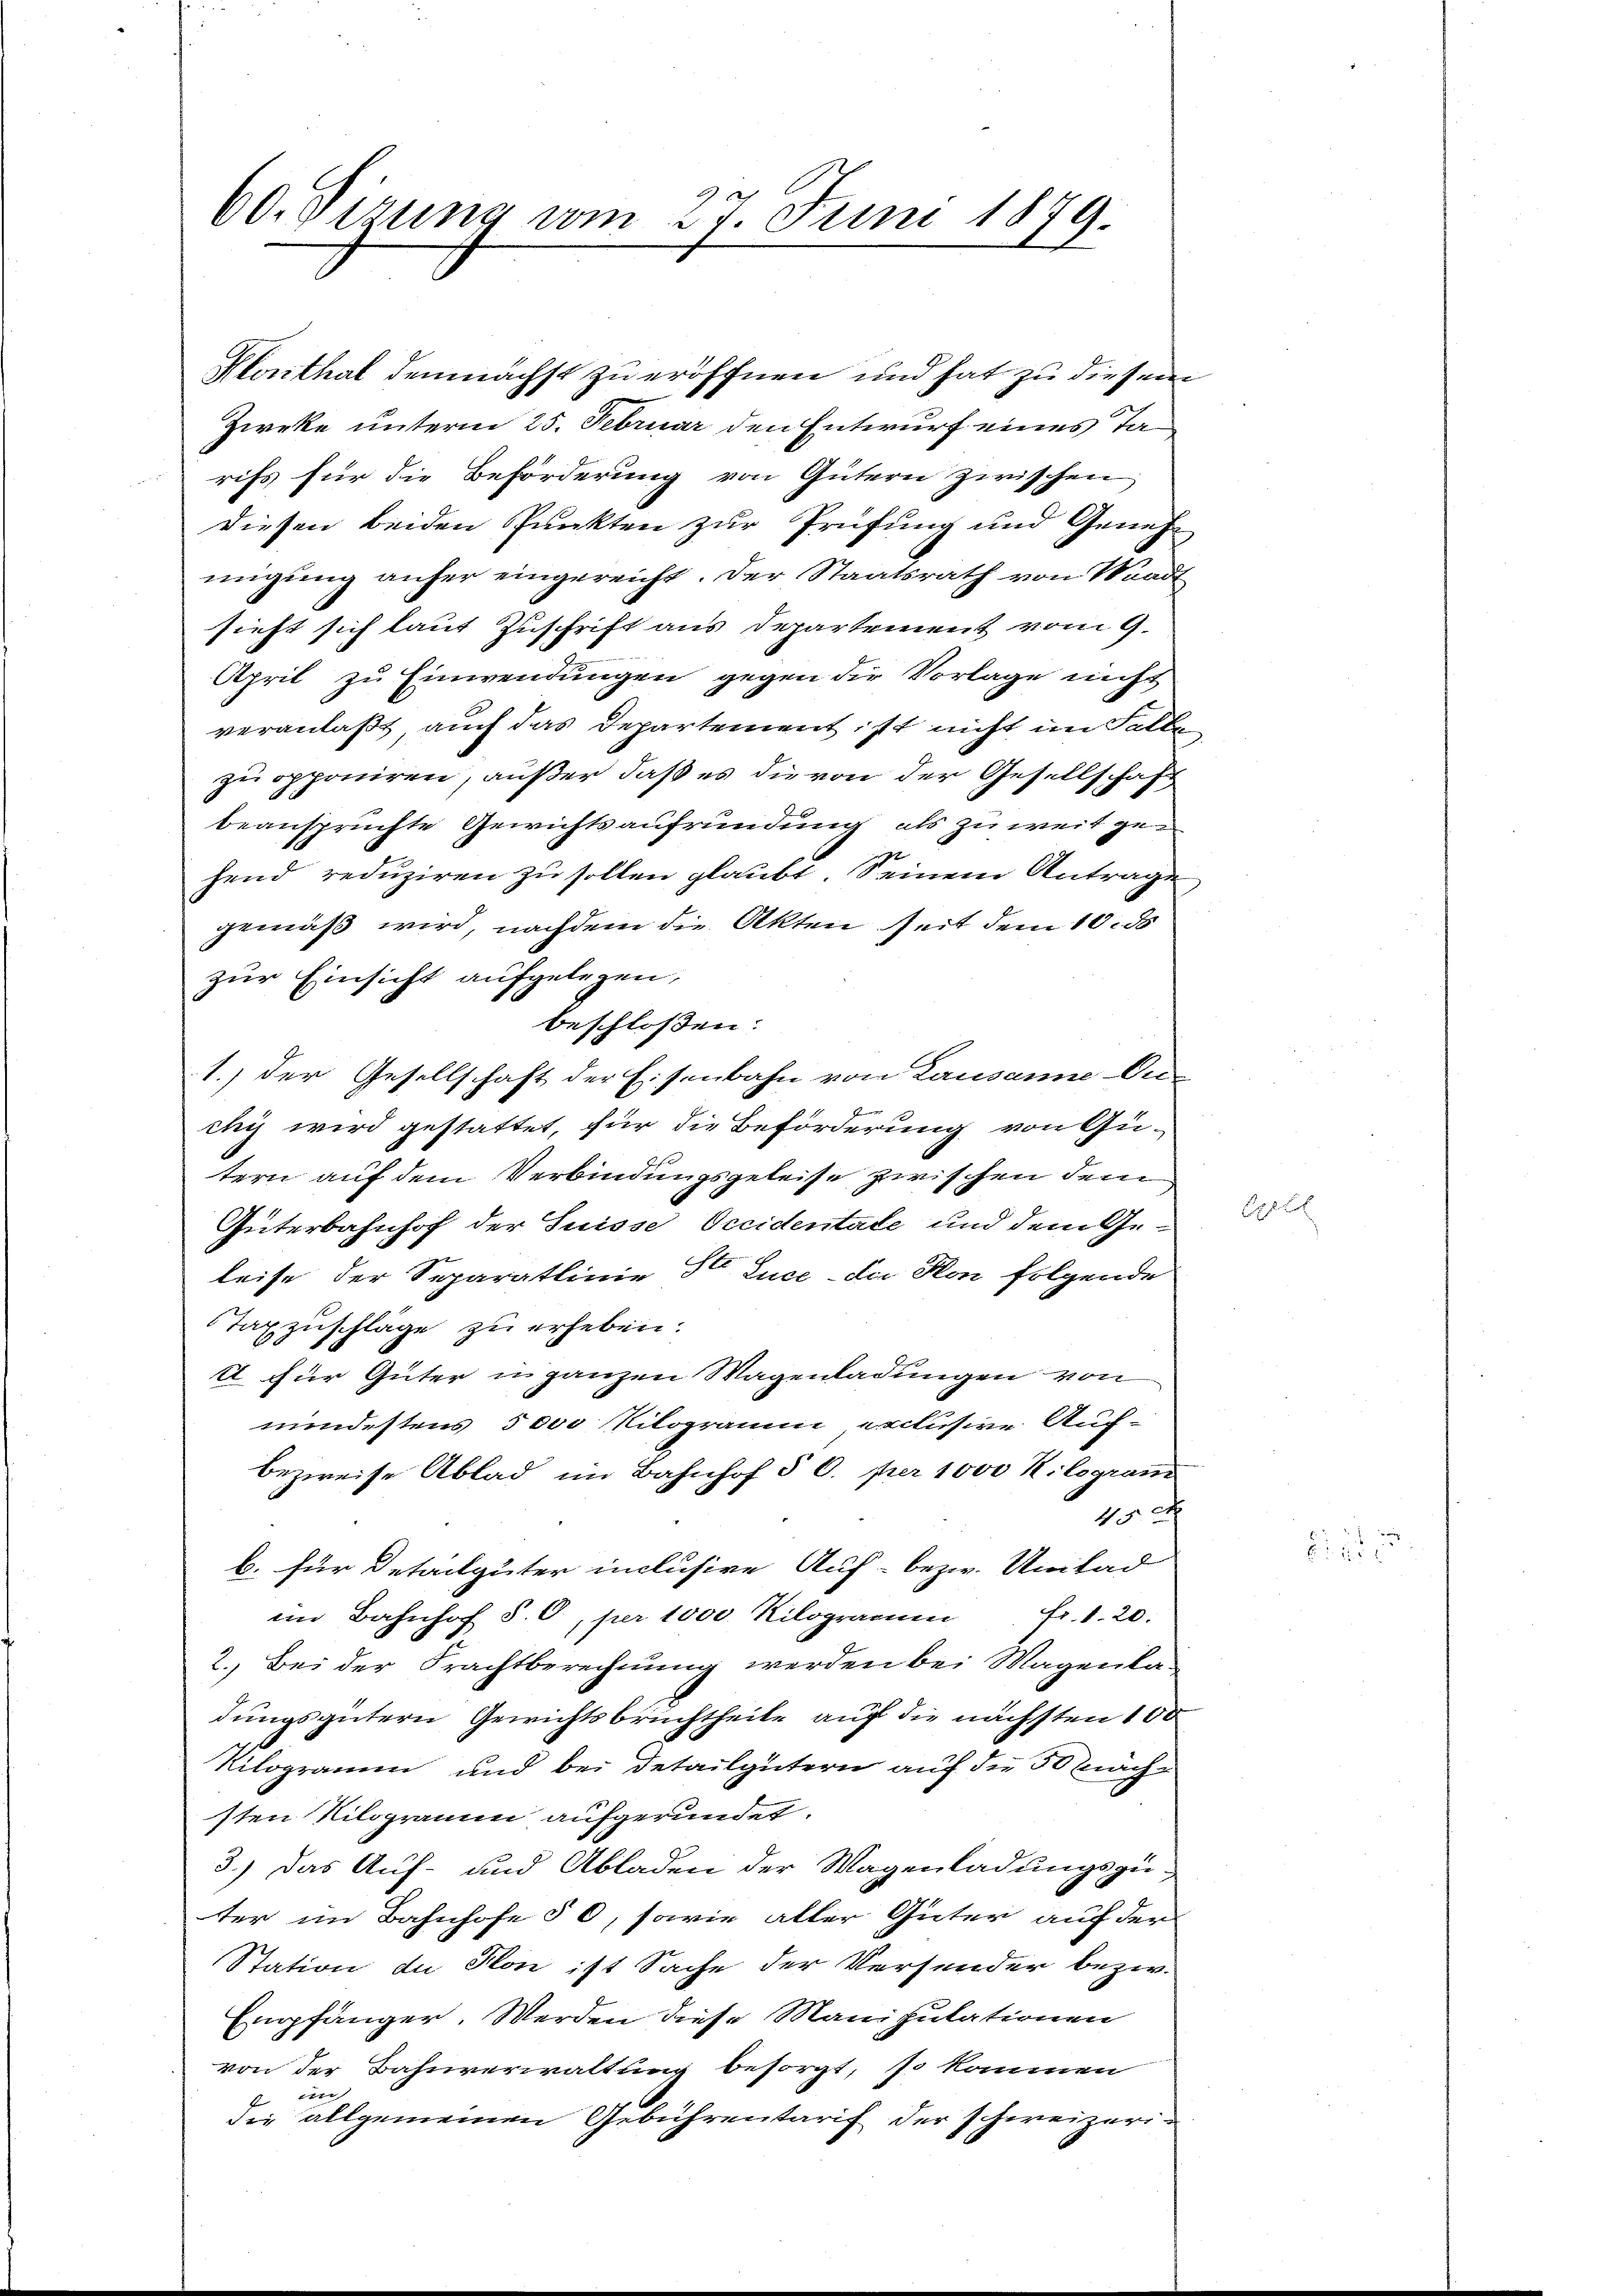
60. Sizung vom 27. Juni 1879.

Zieke unterm 25. Februar den Entwurf eines Tarifs für die Beförderung von Gütern zwischen
Diesen beiden Punkten zur Prüfung und Genehmigung anher eingereicht. Der Staatsrath von Waadt
sieht sich laut Zuschrift aus Departement vom 9.
April zu Einwendungen gegen die Vorlage nicht
veranlaßt, auch das Departementist nicht im Salbe
zu opponiren, außer daß es die von der Gesellschaft
beanspruchte Gewichtsaufründung als zu weit gehend reduziren zu sollen glaubt. Seinem Antrage
gemäß wird, nachdem die Akten Zeit dem 10. d
zur Einsicht aufgelegen,
beschlossen:
1.) Der Gesellschaft der Eisenbahn von Lausanne An-
b
chy wird gestattet, für die Beförderung von Gütern auf dem Verbindungsgeleise zwischen dem
Güterbahnhof der Suisse Occidentale und dem Geleise der Separatinie 50 Luce - da Hon folgende
Taxzuschläge zu erheben.
1 für Güter u ganzen Wagenladungen von
mindestens 5000 Kilogramm exclusive Auf-
bezweise Ablad im Bahnhof § 6. per 1000 Kilogram
1
b. für Detailgüter inclusive Auf- bezw. Unitad
im Bahnhof S. O., per 1000. Kilogramm fr. 1. 20.
2. Bei der Frachtberechnung werden bei Magenla-
dungsgütern Gewichtsbruchtheite auf die nächsten 100
Kilogramm und bei Detailgütern auf die 30 mache
sten Kilogramm aufgerundet.
3.) Das Auf- und Abladen der Wagenladungszuter im Bahnhofe § 6, sowie aller Güter auf der
Station du don ist Sache der Versender bezw.
Empfänger. Werden diese Manipulationen
von der Bahnverwaltung besorgt, so kommen
eter
die allgemeinen Gebührentarif der schweizeri¬

Klonthal demnächst zu eröffnen und hat zu diesem

2 f 2